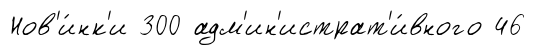
Нов'и́нк'и 300 адм'ин'истрат'и́вного 46